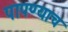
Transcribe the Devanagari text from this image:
पापण्याच